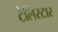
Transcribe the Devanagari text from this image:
टेलिस्टार